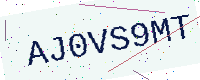
Text: AJ0VS9MT